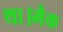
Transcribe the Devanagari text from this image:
था।मैक